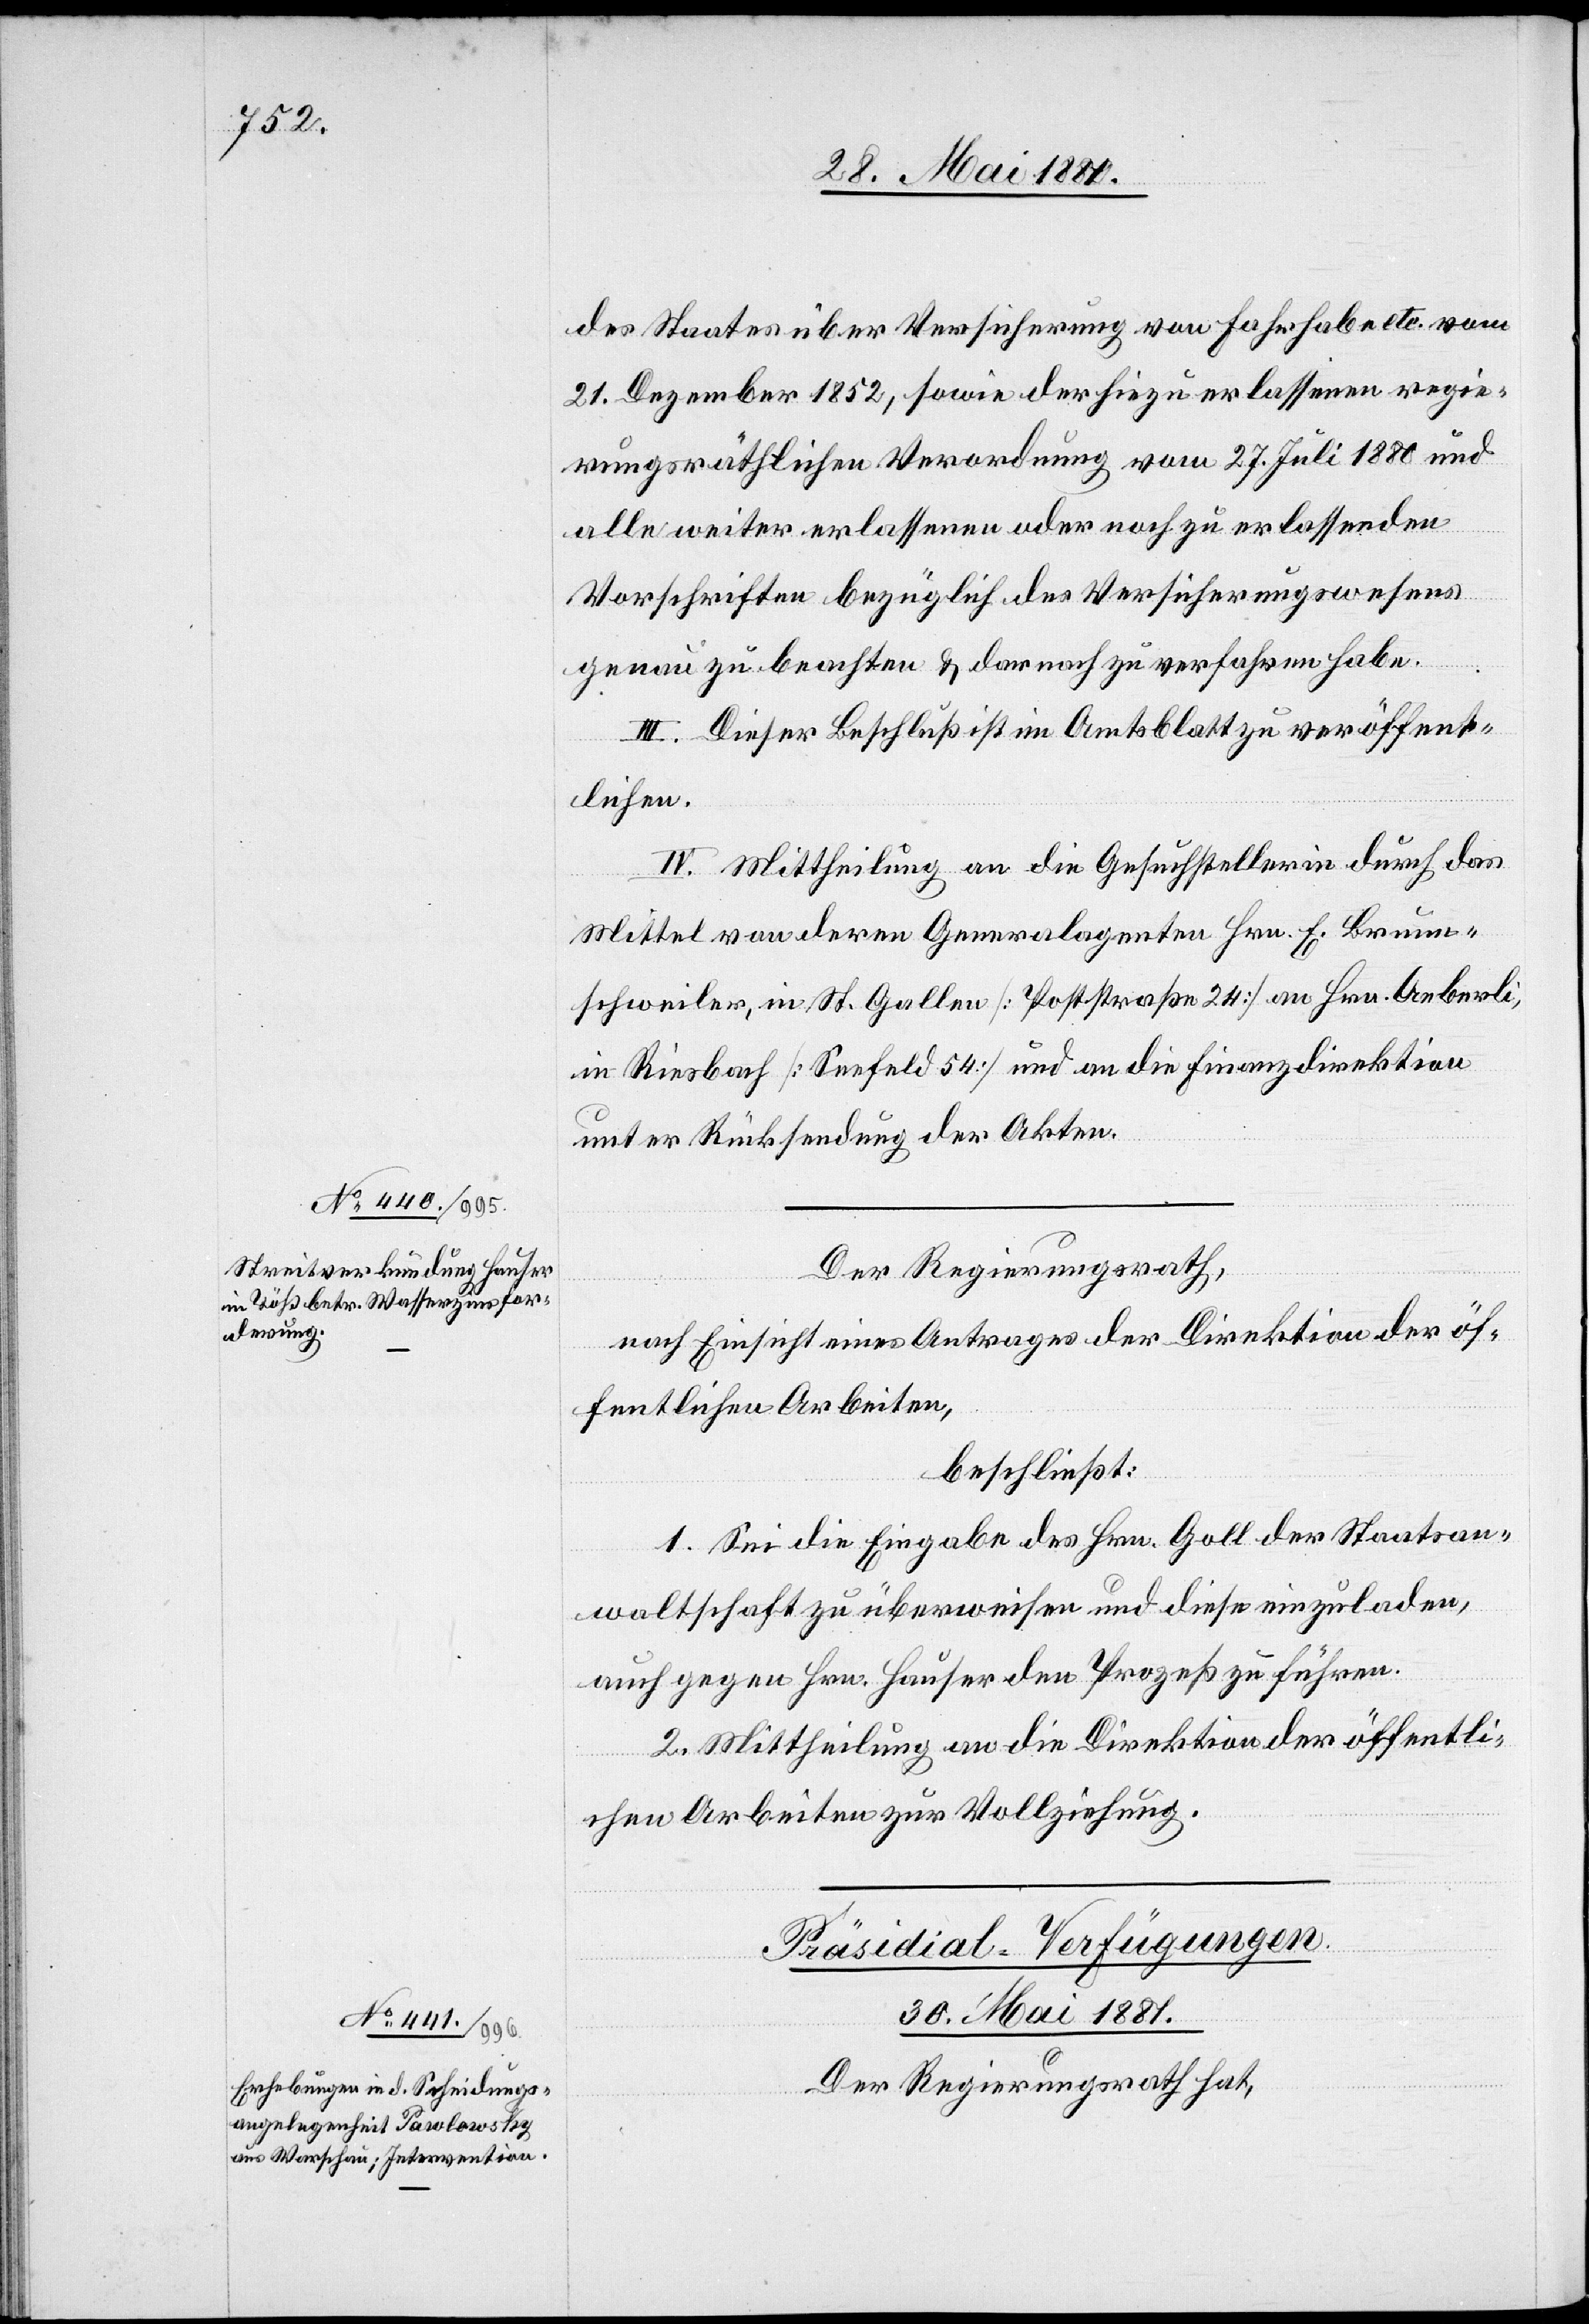
des Staates über Versicherungen von Fahrhabe etc. vom
21. Dezember 1852, sowie der hiezu erlassenen regie¬
rungsräthlichen Verordnung vom 27. Juli 1880 und
alle weiter erlassenen oder noch zu erlassenden
Vorschriften bezüglich des Versicherungswesens
genau zu beachten & darnach zu verfahren habe.
III. Dieser Beschluß ist im Amtsblatt zu veröffent¬
lichen.
IV. Mittheilung an die Gesuchstellerin durch das
Mittel von deren Generalagenten Hrn. E. Brunn¬
schweiler, in St. Gallen [Poststraße 24] an Hrn. Aeberli,
in Riesbach [Seefeld 54] und an die Finanzdirektion
unter Rücksendung der Akten.
Der Regierungsrath,
nach Einsicht eines Antrages der Direktion der öf¬
fentlichen Arbeiten,
beschließt:
1. Sei die Eingabe des Hrn. Goll der Staatsan¬
waltschaft zu überweisen und diese einzuladen,
auch gegen Hrn. Hauser den Prozeß zu führen.
2. Mittheilung an die Direktion der öffentli¬
chen Arbeiten zur Vollziehung.
Präsidial-Verfügungen.
30. Mai 1881.
Der Regierungsrath hat,